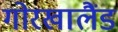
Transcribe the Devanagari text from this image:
गोरखालैंड